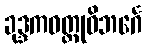
ခုဒ္ဒကဝတ္ထုဝိဘင်္ဂေ